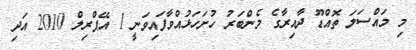
މި މައްސަލަ ތޮއްޑޫ ދާއިރާގެ މެންބަރު ހުށަހަޅުއްވާފައިވަނީ 1 އޭޕްރިލް 2010 އަދި